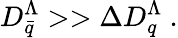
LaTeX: D_{\bar{q}}^{\Lambda}>>\Delta D_{q}^{\Lambda}~.